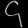
Digit: ၄